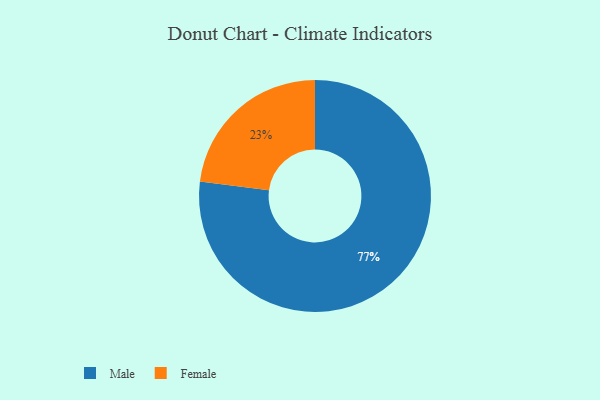
{"axis": {"x": "Category", "y": "Percentage"}, "legend": ["Female", "Male"], "data": [{"x": "Male", "y": 77, "type": "Male"}, {"x": "Female", "y": 23, "type": "Female"}]}